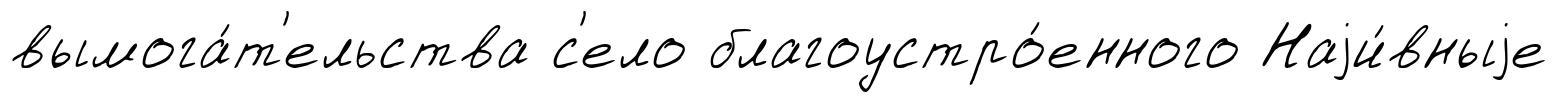
вымога́т'ельства с'ело благоустро́енного Наjи́вныjе